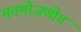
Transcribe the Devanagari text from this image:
मतमोजणीत